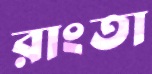
রাংতা